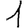
Digit: 1